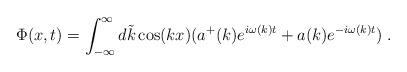
LaTeX: \begin{align*}\Phi (x,t)=\int ^{\infty }_{-\infty }d\tilde{k}\cos (kx)(a^{+}(k)e^{i\omega (k)t}+a(k)e^{-i\omega (k)t})\; .\end{align*}